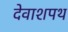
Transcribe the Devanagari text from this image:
देवाशपथ